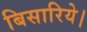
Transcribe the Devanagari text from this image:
बिसारिये।